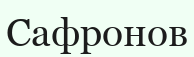
Сафронов